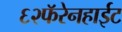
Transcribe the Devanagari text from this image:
६२फॅरेनहाईट